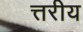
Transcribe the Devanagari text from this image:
त्तरीय